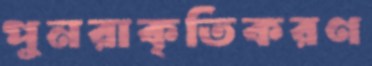
পুনরাকৃতিকরণ